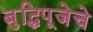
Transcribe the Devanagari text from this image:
बुद्धिपूजेचे